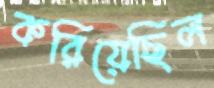
করিয়েছিল